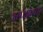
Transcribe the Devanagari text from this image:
अपेक्षेसह